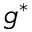
g ^ { * }